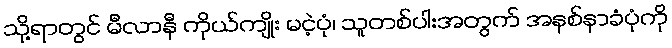
သို့ရာတွင် မီလာနီ ကိုယ်ကျိုး မငဲ့ပုံ၊ သူတစ်ပါးအတွက် အနစ်နာခံပုံကို